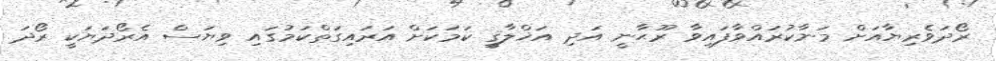
ރޯދަވެރިޔާއަށް މަނާކުރައްވާފައިވާ ރޫޙާނީ އަދި އަޚްލާޤީ ކަމަކަށް އަރައިގަތްކަމުގައި ވިޔަސް އެރޯދަޔަކީ ރޯދަ